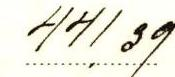
441,39